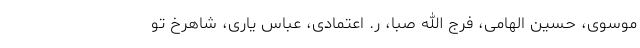
موسوی، حسین الهامی، فرج الله صبا، ر. اعتمادی، عباس یاری، شاهرخ تو